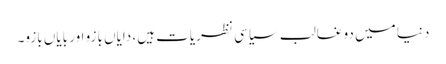
دنیا میں دو غالب سیاسی نظریات ہیں، دایاں بازو اور بایاں بازو۔